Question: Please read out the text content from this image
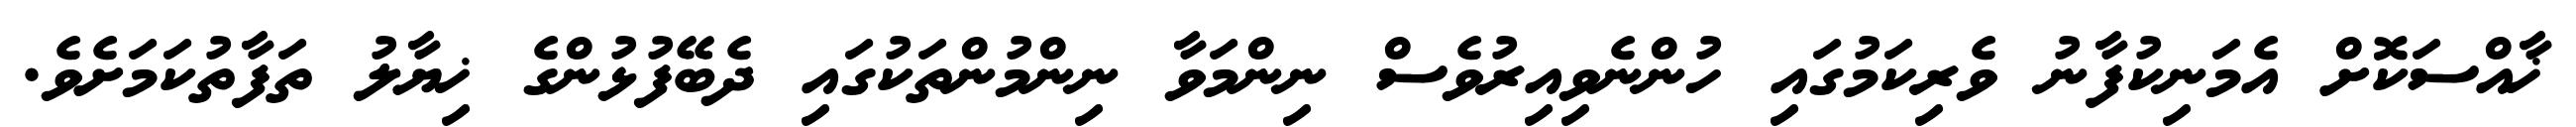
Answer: ޚާއްސަކޮށް އެމަނިކުފާނު ވެރިކަމުގައި ހުންނެވިއިރުވެސް ނިންމަވާ ނިންމުންތަކުގައި ދެބޭފުޅުންގެ ޚިޔާލު ތަފާތުކަމަށެވެ.